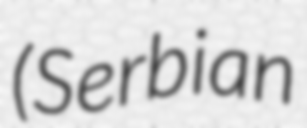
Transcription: (Serbian